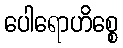
ပေါရောဟိစ္စေ